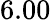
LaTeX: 6.00